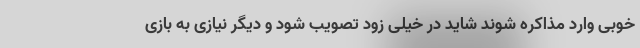
خوبی وارد مذاکره شوند شاید در خیلی زود تصویب شود و دیگر نیازی به بازی